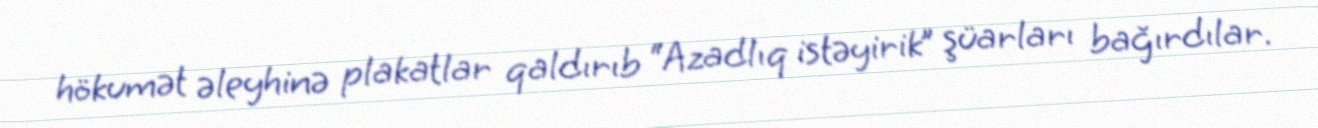
hökumət əleyhinə plakatlar qaldırıb “Azadlıq istəyirik” şüarları bağırdılar.